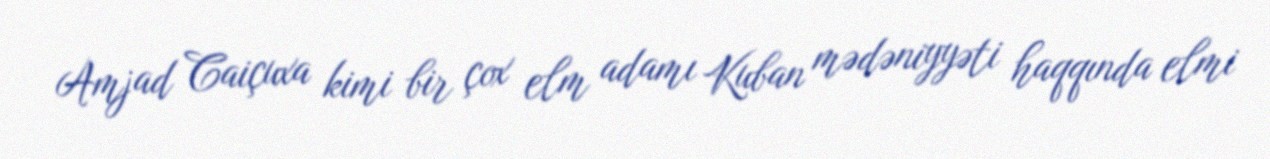
Amjad Caiçuxa kimi bir çox elm adamı Kuban mədəniyyəti haqqında elmi